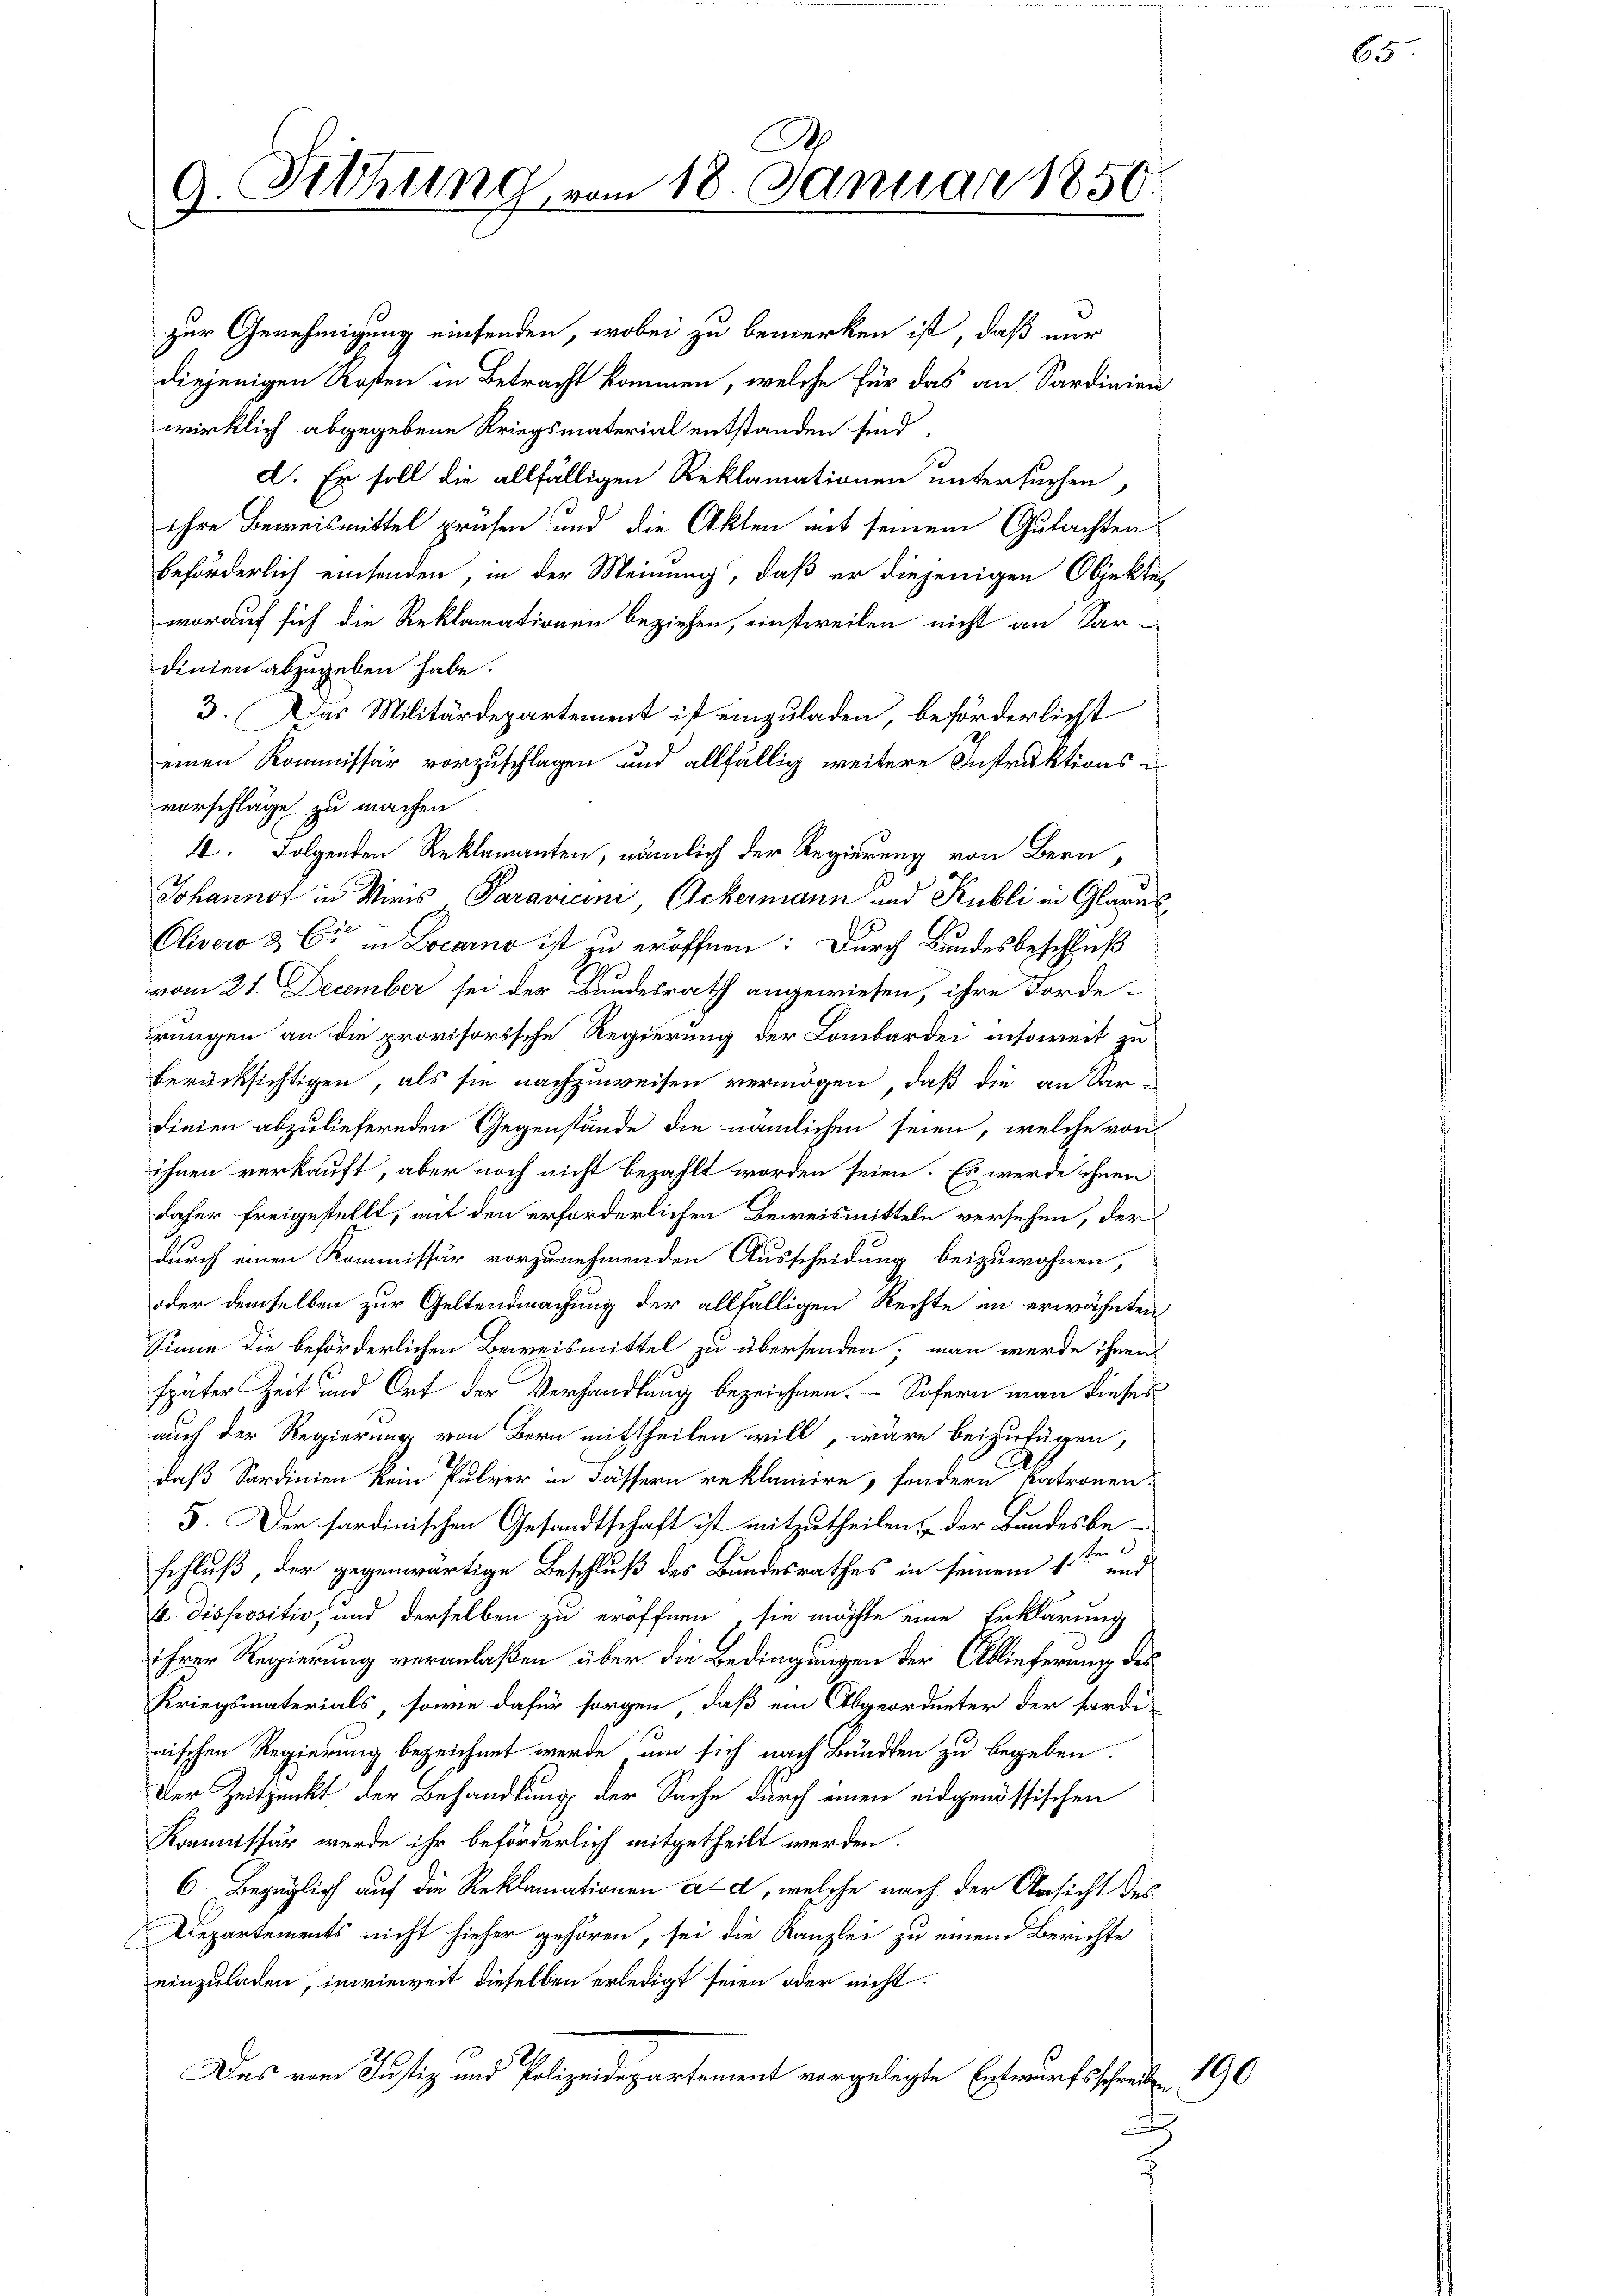
g. Siehung vom 18. Januar 1850.

zur Genehmigung einsenden, wobei zu bemerken ist, daß nur
diejenigen Kosten in Betracht kommen, welche für das an Sardinien
wirklich abgegebene Kriegsmaterial entstanden sind.
d. Er soll die allfälligen Reklamationen untersuchen,
ihre Beweismittel prüfen und die Akten mit seinem Gutachtenbeförderlich einsenden, in der Meinung, daß er diejenigen Objektes
worauf sich die Reklamationen beziehen, einstweilen nicht an Kardinien abzugeben habe.
3. Das Militärdepartement ist einzuladen, beförderlicht
einen Kommissär vorzuschlagen und allfällig weitere Instruktions-
vorschläge zu machen
4. Folgenden Reklamanten, nämlich der Regierung von Bern,
Johannot in Minis Paravicini Ockermann und Kubli in Glarus
Olivero 3 Ei in Locarno ist zu eröffnen: Durch Bundesbeschluß
vom 21. December sei der Bundesrath angewiesen, ihre Forde-
rungen an die provisorische Regierung der Lombarden insoweit zu
berücksichtigen, als sie nachzuweisen vermögen, daß die an Sar-
Finden abzuliefernden Gegenstände die nämlichen seien, welche von
ihnen verkauft, aber noch nicht bezahlt worden seien. Es werde ihnen
daher freigestellt, mit den erforderlichen Beweismitteln versehen, der
durch einen Kommissär vorzunehmenden Ausscheidung beizuwohnen,
oder demselben zur Geltendmachung der allfälligen Rechte an erwähnten
Sinne die beförderlichen Beweismittel zu übersenden, man werde ihnen
später Zeit und Ort der Verhandlung bezeichnen. Sofern man dieses
auch der Regierung von Bern mittheilen will, wäre beizufügen,
daß Sardinien kein Pulver in Fässern reklamiere, sondern Patronen,
5. Der sardinischen Gesandtschaft ist mitzutheilen, der Bundesbeschluß, der gegenwärtige Beschluß des Bundesrathes in seinem 1sten und
k. Dispositiv, und derselben zu eröffnen, sie möchte eine Erklärung
ihrer Regierung veranlaßen über die Bedingungen der Ablieferung des
Kriegsmaterials, sowie dafür sorgen, daß ein Abgeordneter der fardi-
nischen Regierung bezeichnet werde, um sich nach Bunden zu begeben.
Der Zeitpunkt der Behandlung der Sache durch einen eidgenössischen
Kommissär wurde ihr beförderlich mitgetheilt werden.
6. Bezüglich auf die Reklamationen ad, welche nach der Ansicht des
Departements nicht hieher gehören, sei die Kanzlei zu einem Berichte
einzuladen, inwieweit dieselben erledigt seien oder nicht
Das vom Justiz und Polizeidepartement vorgelegte Entwurfsschreiben
f

190

65